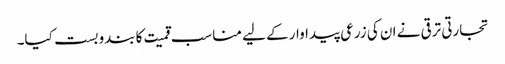
تجارتی ترقی نے ان کی زرعی پیداوار کے لیے مناسب قمیت کا بندوبست کیا۔